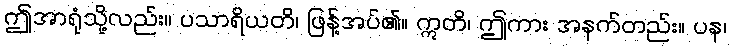
ဤအာရုံသို့လည်း။ ပသာရိယတိ၊ ဖြန့်အပ်၏။ ဣတိ၊ ဤကား အနက်တည်း။ ပန၊